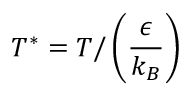
T ^ { * } = T / \left( \frac { \epsilon } { k _ { B } } \right)